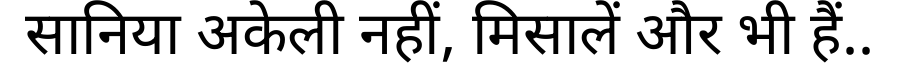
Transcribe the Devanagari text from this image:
सानिया अकेली नहीं, मिसालें और भी हैं..